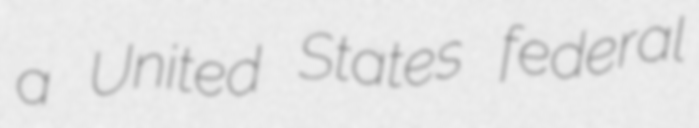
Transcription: a United States federal